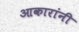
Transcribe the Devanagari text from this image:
आकारांनी